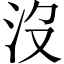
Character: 沒